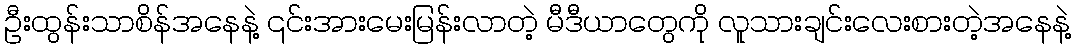
ဦးထွန်းသာစိန်အနေနဲ့ ၎င်းအားမေးမြန်းလာတဲ့ မီဒီယာတွေကို လူသားချင်းလေးစားတဲ့အနေနဲ့